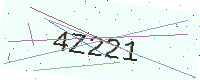
Text: 4Z221